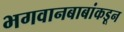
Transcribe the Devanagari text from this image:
भगवानबाबांकडून